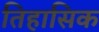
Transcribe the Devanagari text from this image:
तिहासिक